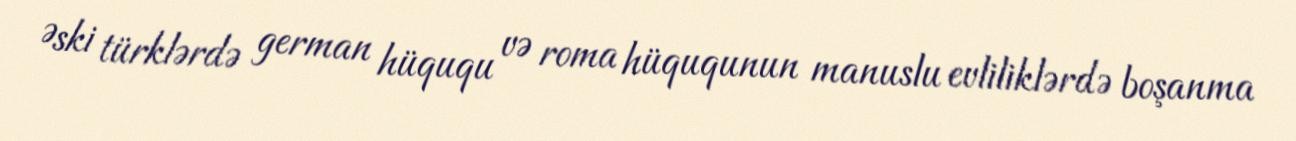
Əski türklərdə german hüququ və roma hüququnun manuslu evliliklərdə boşanma